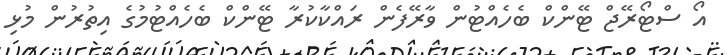
އޯ ސްޓޯރޭޖް ޓޭންކް ބެހެއްޓުން ވާރޭފެން ރައްކާކުރާ ޓޭންކް ބެހެއްޓުމުގެ އިތުރުން މުޅި